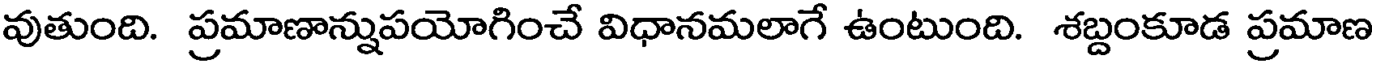
వుతుంది. ప్రమాణాన్నుపయోగించే విధానమలాగే ఉంటుంది. శబ్దంకూడ ప్రమాణ